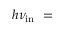
h \nu _ { \mathrm { i n } } ~ =